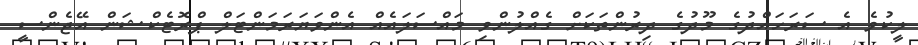
ލީކުވެ އެ ސަރަހައްދުގެ މޫދުގެ ދިރުންތަކަށް ގެއްލުންވި މައްސަލައެއް އެންވަޔަރަމަންޓަލް ޕްރޮޓެކްޝަން އޭޖެންސީ